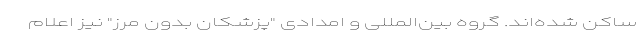
ساکن شده‌اند. گروه بین‌المللی و امدادی "پزشکان بدون مرز" نیز اعلام